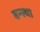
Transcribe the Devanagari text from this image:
बन्स्था